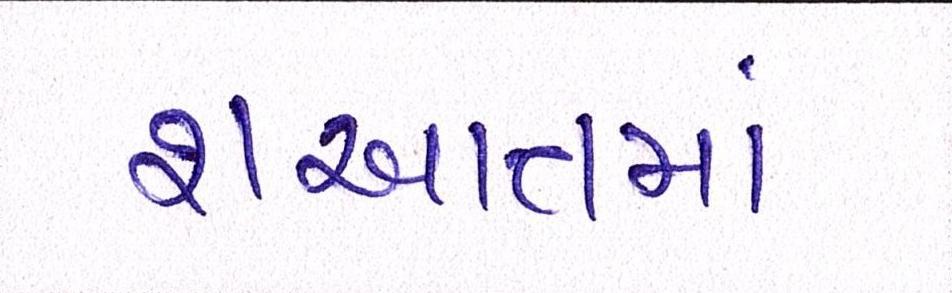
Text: શઆતમાં